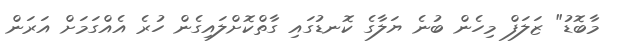
މާބޮޑު" ޒަލަފް މިހެން ބުނެ ޔަލާގެ ކޮނޑުގައި ގާތްކޮށްލައިގެން ހުރެ އެއްގަމަށް އަރަން